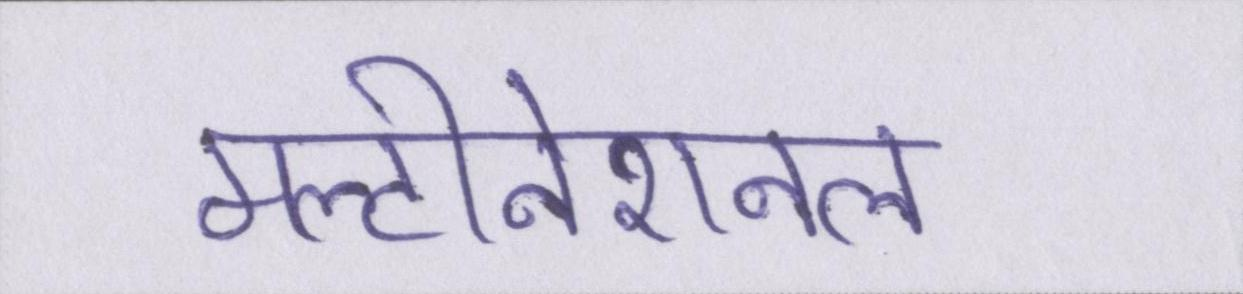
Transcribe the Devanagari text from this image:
मल्टीनेशनल